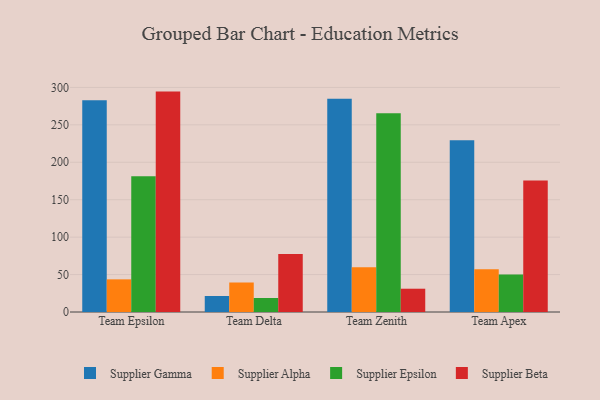
{"axis": {"x": "Team", "y": "Website Visitors"}, "legend": ["Supplier Alpha", "Supplier Beta", "Supplier Epsilon", "Supplier Gamma"], "data": [{"x": "Team Epsilon", "y": 282.7, "type": "Supplier Gamma"}, {"x": "Team Epsilon", "y": 43.6, "type": "Supplier Alpha"}, {"x": "Team Epsilon", "y": 181.3, "type": "Supplier Epsilon"}, {"x": "Team Epsilon", "y": 294.4, "type": "Supplier Beta"}, {"x": "Team Delta", "y": 21.4, "type": "Supplier Gamma"}, {"x": "Team Delta", "y": 39.4, "type": "Supplier Alpha"}, {"x": "Team Delta", "y": 18.7, "type": "Supplier Epsilon"}, {"x": "Team Delta", "y": 77.5, "type": "Supplier Beta"}, {"x": "Team Zenith", "y": 284.9, "type": "Supplier Gamma"}, {"x": "Team Zenith", "y": 59.9, "type": "Supplier Alpha"}, {"x": "Team Zenith", "y": 265.5, "type": "Supplier Epsilon"}, {"x": "Team Zenith", "y": 31.1, "type": "Supplier Beta"}, {"x": "Team Apex", "y": 229.5, "type": "Supplier Gamma"}, {"x": "Team Apex", "y": 57.1, "type": "Supplier Alpha"}, {"x": "Team Apex", "y": 50.2, "type": "Supplier Epsilon"}, {"x": "Team Apex", "y": 175.6, "type": "Supplier Beta"}]}